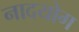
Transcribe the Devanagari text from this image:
नादयोग